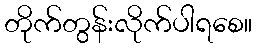
တိုက်တွန်းလိုက်ပါရစေ။